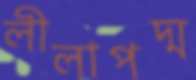
লীলাপদ্ম